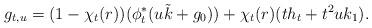
LaTeX: \begin{align*}g_{t,u}=(1 - \chi_{t}(r))(\phi_{t}^* (u\tilde{k}+g_0)) + \chi_{t}(r) (th_{t}+t^{2}uk_{1}).\end{align*}